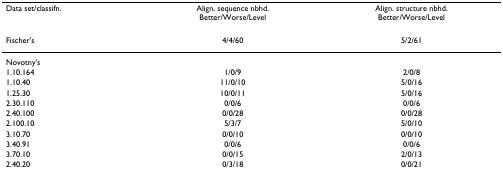
<table><thead><tr><td><b>Data set/classifn.</b></td><td><b>Align. sequence nbhd.Better/Worse/Level</b></td><td><b>Align. structure nbhd.Better/Worse/Level</b></td></tr></thead><tbody><tr><td>Fischer&#x27;s</td><td>4/4/60</td><td>5/2/61</td></tr><tr><td>Novotny&#x27;s</td><td></td><td></td></tr><tr><td>1.10.164</td><td>1/0/9</td><td>2/0/8</td></tr><tr><td>1.10.40</td><td>11/0/10</td><td>5/0/16</td></tr><tr><td>1.25.30</td><td>10/0/11</td><td>5/0/16</td></tr><tr><td>2.30.110</td><td>0/0/6</td><td>0/0/6</td></tr><tr><td>2.40.100</td><td>0/0/28</td><td>0/0/28</td></tr><tr><td>2.100.10</td><td>5/3/7</td><td>5/0/10</td></tr><tr><td>3.10.70</td><td>0/0/10</td><td>0/0/10</td></tr><tr><td>3.40.91</td><td>0/0/6</td><td>0/0/6</td></tr><tr><td>3.70.10</td><td>0/0/15</td><td>2/0/13</td></tr><tr><td>2.40.20</td><td>0/3/18</td><td>0/0/21</td></tr></tbody></table>